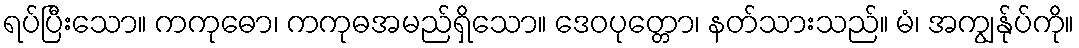
ရပ်ပြီးသော။ ကကုဓော၊ ကကုဓအမည်ရှိသော။ ဒေဝပုတ္တော၊ နတ်သားသည်။ မံ၊ အကျွန်ုပ်ကို။